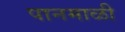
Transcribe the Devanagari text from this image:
पानमाळी